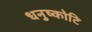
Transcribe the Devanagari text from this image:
धनुष्कोटि